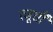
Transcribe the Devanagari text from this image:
त्जूशी